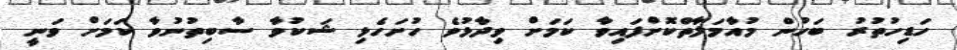
ހަޑިހުތުރު ބަހުން މުއާމަލާތްކޮށްފައިވާ ކަމަށް ވިދާޅުވެ ހުށަހެޅި ޝަކުވާ ސާބިތުނުވާ ކަމަށް ވަނީ